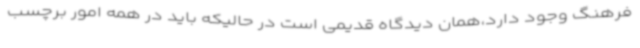
فرهنگ وجود دارد،همان دیدگاه قدیمی است در حالیکه باید در همه امور برچسب